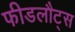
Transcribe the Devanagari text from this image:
फीडलौट्स